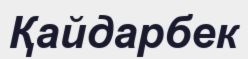
Қайдарбек